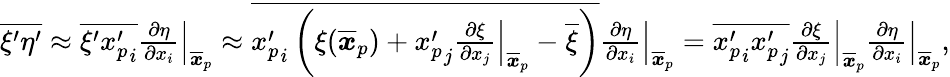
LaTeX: \begin{array}{r}{\overline{{\xi^{\prime}\eta^{\prime}}}\approx\overline{{\xi^{\prime}{x_{p}^{\prime}}_{i}}}\left.\frac{\partial\eta}{\partial x_{i}}\right|_{\overline{{\boldsymbol x}}_{p}}\approx\overline{{{x_{p}^{\prime}}_{i}\left(\xi(\overline{{\boldsymbol{x}}}_{p})+{x_{p}^{\prime}}_{j}\left.\frac{\partial\xi}{\partial x_{j}}\right|_{\overline{{\boldsymbol x}}_{p}}-\overline{{\xi}}\right)}}\left.\frac{\partial\eta}{\partial x_{i}}\right|_{\overline{{\boldsymbol x}}_{p}}=\overline{{{x_{p}^{\prime}}_{i}{x_{p}^{\prime}}_{j}}}\left.\frac{\partial\xi}{\partial x_{j}}\right|_{\overline{{\boldsymbol x}}_{p}}\left.\frac{\partial\eta}{\partial x_{i}}\right|_{\overline{{\boldsymbol x}}_{p}},}\end{array}